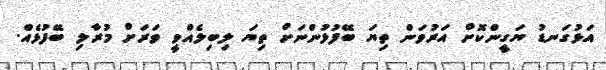
އަޅުގަނޑު ޔަގީންކޮށް އަރުވަން ތިޔަ ބޭފުޅުންނަށް ތިޔަ ލިބިލެއްވީ ވަރަށް މުރާލި ބޭފުޅެއް.